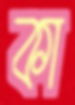
কা